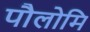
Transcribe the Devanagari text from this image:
पौलोमि